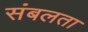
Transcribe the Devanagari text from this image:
संबलता